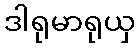
ဒါရုမာရုယှ